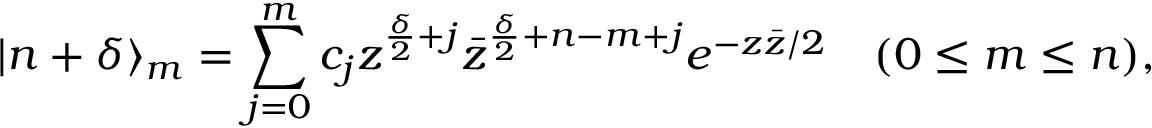
| n + \delta \rangle _ { m } = \sum _ { j = 0 } ^ { m } c _ { j } z ^ { \frac { \delta } { 2 } + j } \bar { z } ^ { \frac { \delta } { 2 } + n - m + j } e ^ { - z \bar { z } / 2 } \quad ( 0 \leq m \leq n ) ,